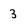
Character: 3